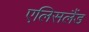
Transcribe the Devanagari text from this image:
एलिसलैंड